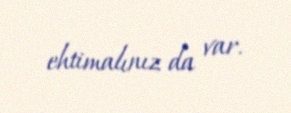
ehtimalınız da var.